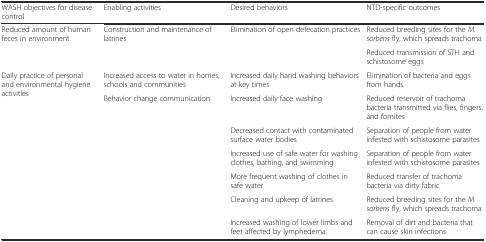
| WASH objectives for disease control | Enabling activities | Desired behaviors | NTD-specific outcomes |
 | --- | --- | --- | --- |
 | <ROWSPAN=2> Reduced amount of human feces in environment | <ROWSPAN=2> Construction and maintenance of latrines | <ROWSPAN=2> Elimination of open defecation practices | Reduced breeding sites for the M. sorbens fly, which spreads trachoma |
 | Reduced transmission of STH and schistosome eggs |
 | <ROWSPAN=7> Daily practice of personal and environmental hygiene activities | Increased access to water in homes, schools and communities | Increased daily hand washing behaviors at key times | Elimination of bacteria and eggs from hands |
 | <ROWSPAN=6> Behavior change communication | Increased daily face washing | Reduced reservoir of trachoma bacteria transmitted via flies, fingers, and fomites |
 | Decreased contact with contaminated surface water bodies | Separation of people from water infested with schistosome parasites |
 | Increased use of safe water for washing clothes, bathing, and swimming | Separation of people from water infested with schistosome parasites |
 | More frequent washing of clothes in safe water | Reduced transfer of trachoma bacteria via dirty fabric |
 | Cleaning and upkeep of latrines | Reduced breeding sites for the M. sorbens fly, which spreads trachoma |
 | Increased washing of lower limbs and feet affected by lymphedema | Removal of dirt and bacteria that can cause skin infections |